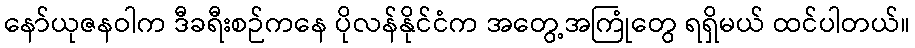
နော်ယုဇနဝါက ဒီခရီးစဉ်ကနေ ပိုလန်နိုင်ငံက အတွေ့အကြုံတွေ ရရှိမယ် ထင်ပါတယ်။